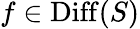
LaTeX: f\in\operatorname{Diff}(S)